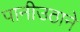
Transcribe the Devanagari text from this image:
पानीउठाने